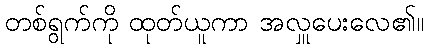
တစ်ရွက်ကို ထုတ်ယူကာ အလှူပေးလေ၏။